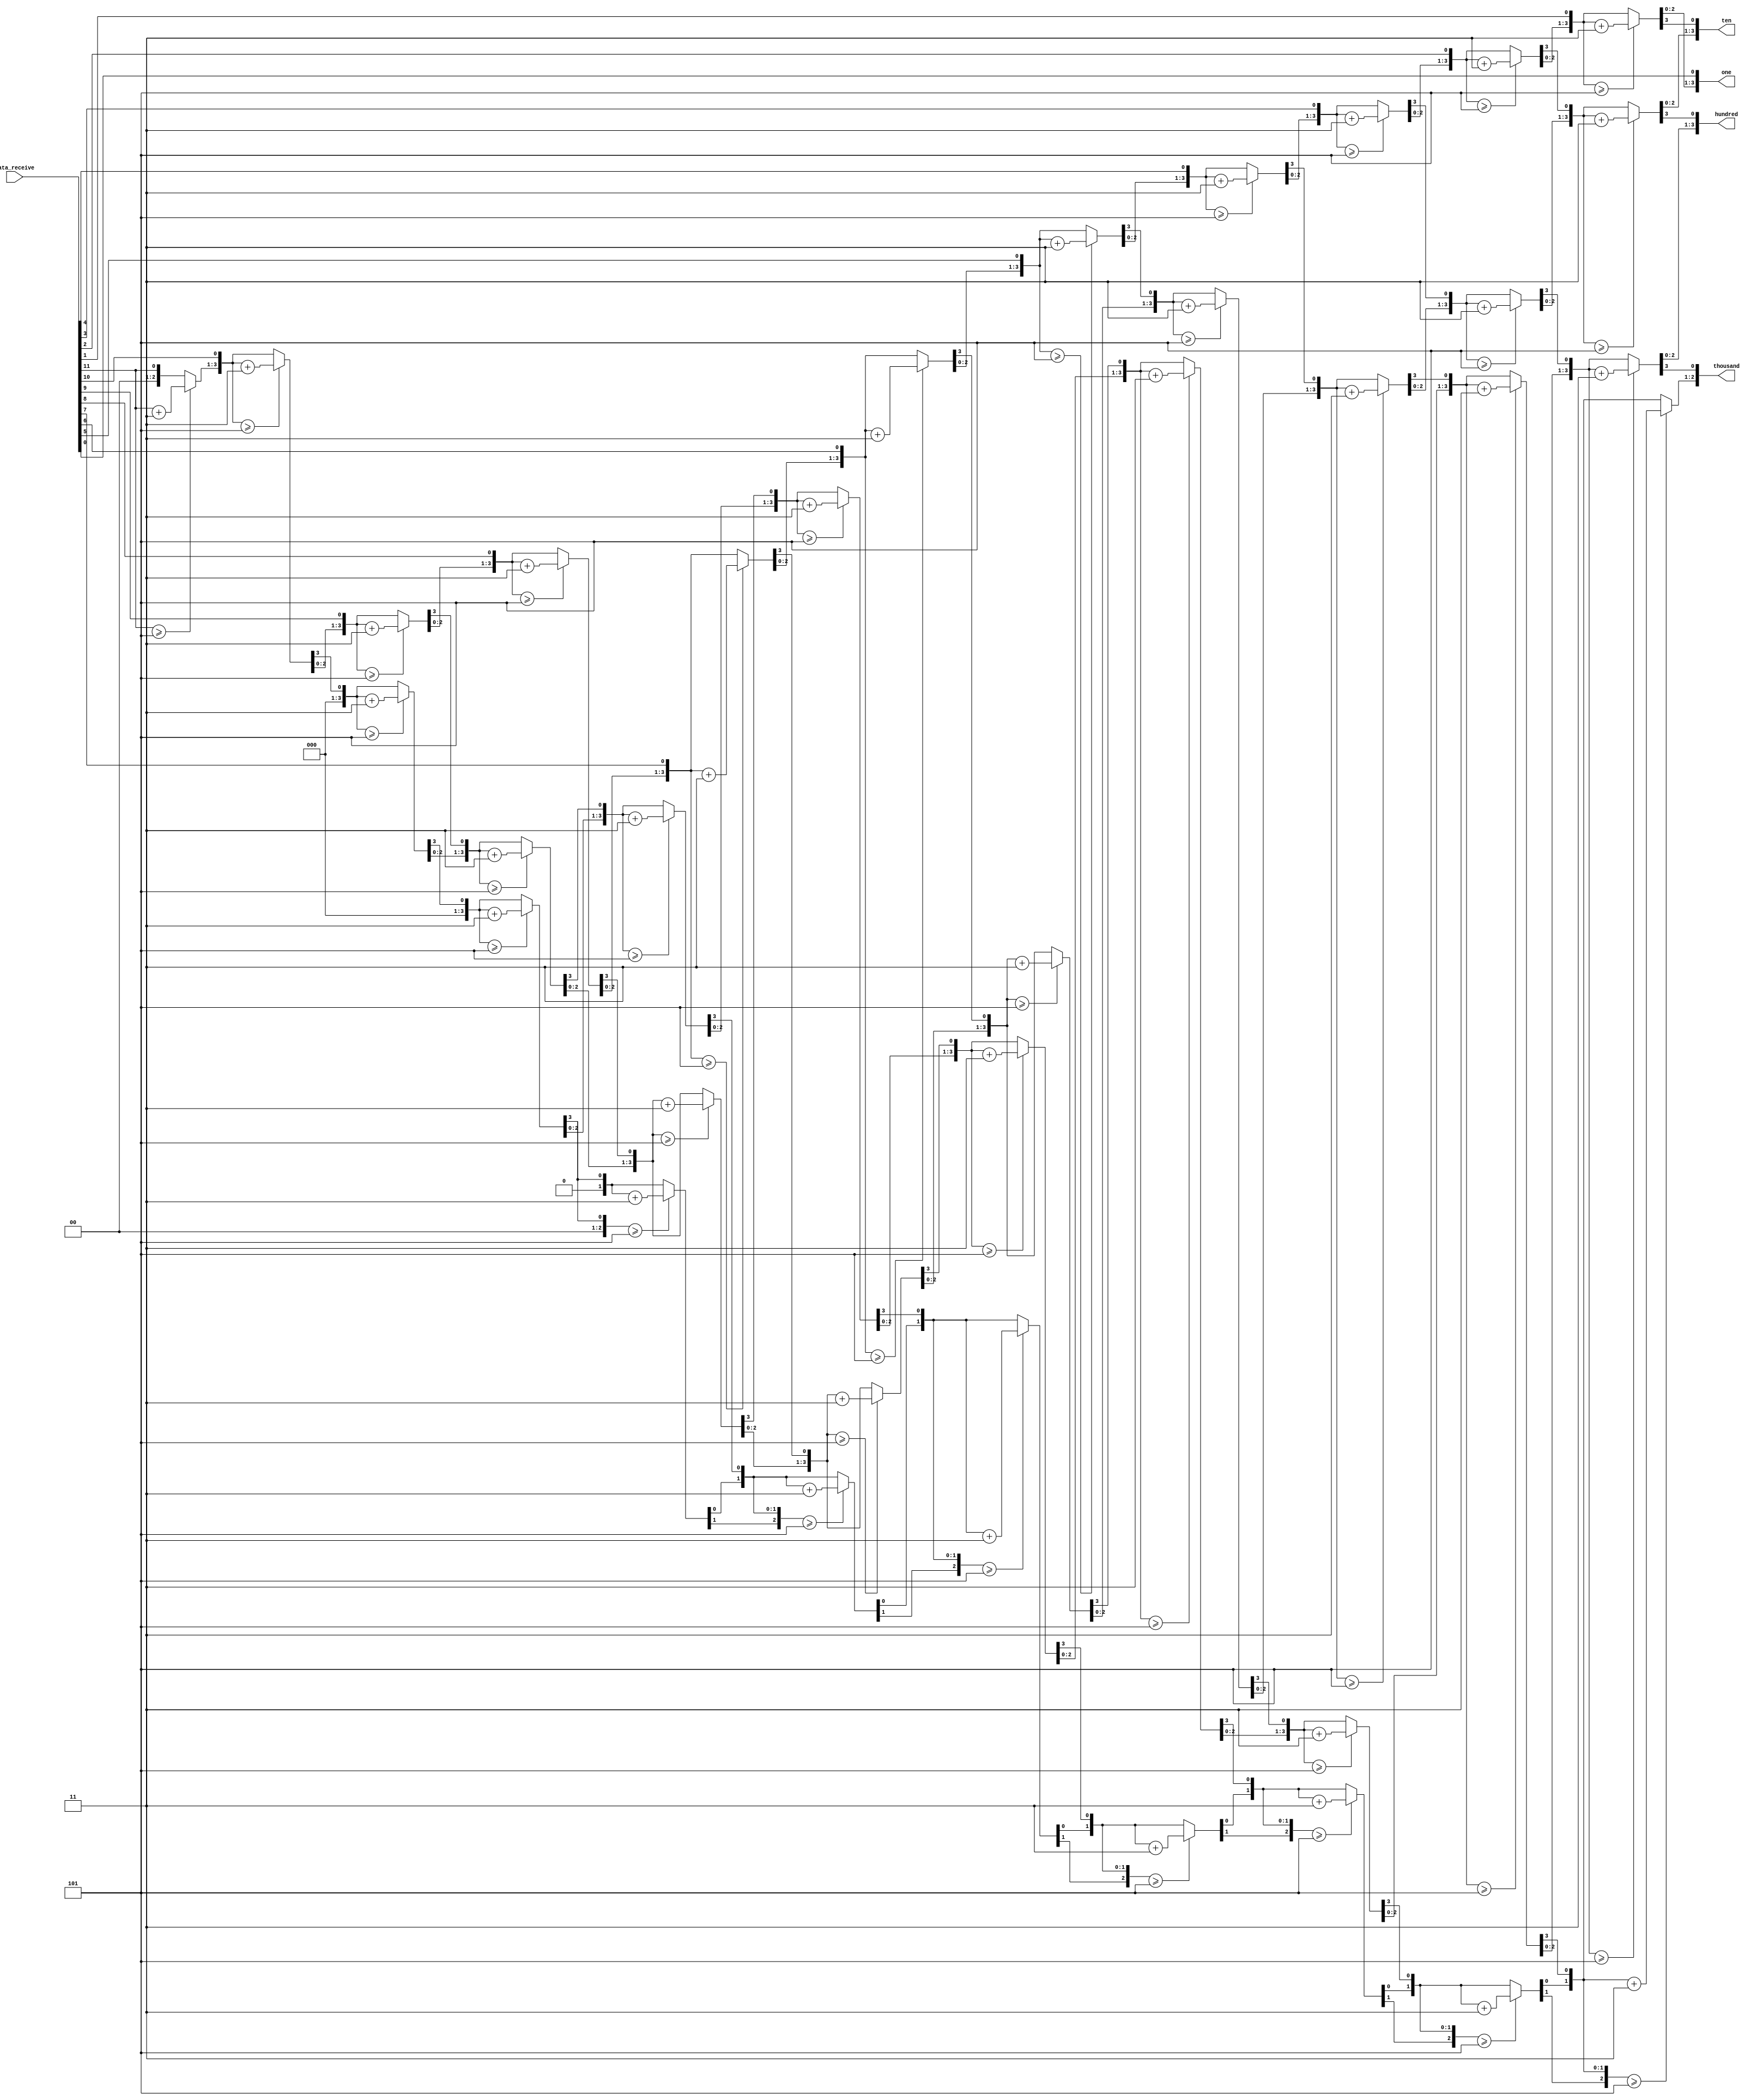
`timescale 1ns / 1ps
//////////////////////////////////////////////////////////////////////////////////
// Company: 
// Engineer: 
// 
// Design Name: 
// Module Name: ss
// Project Name: 
// Target Devices: 
// Tool Versions: 
// Description: 
// 
// Dependencies: 
// 
// Revision:
// Revision 0.01 - File Created
// Additional Comments:
// 
//////////////////////////////////////////////////////////////////////////////////


module Transform_Freq(
    input [11:0] data_receive,
    output reg [3:0] one,
    output reg [3:0] ten,
    output reg [3:0] hundred,
    output reg [2:0] thousand
    );
    
    integer i;
    always @ (data_receive)
    begin
        thousand = 4'd0;
        hundred = 4'd0;
        ten = 4'd0;
        one = 4'd0;
        
        for(i = 11; i >= 0; i = i - 1)
        begin
            if(thousand >= 4'd5)
                thousand = thousand + 2'd3;
            if(hundred >= 4'd5)
                hundred = hundred + 2'd3;
            if(ten >= 4'd5)
                ten = ten + 2'd3;
            if(one >= 4'd5)
                one = one + 2'd3;
            
            thousand = thousand << 1'b1;
            thousand[0] = hundred[3];
            hundred = hundred << 1'b1;
            hundred[0] = ten[3];
            ten = ten << 1'b1;
            ten[0] = one[3];
            one = one << 1'b1;
            one[0] = data_receive[i];
        end
    end
endmodule